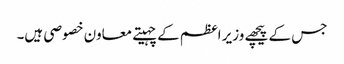
جس کے پیچھے وزیر اعظم کے چہیتے معاون خصوصی ہیں۔